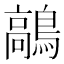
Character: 鶮